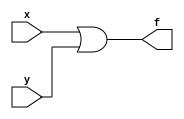
module f_or(x,y,f);
input x,y;
output f;
assign f = x|y;
endmodule